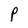
Character: P